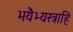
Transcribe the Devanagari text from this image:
भयैभ्यस्त्राहि